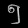
Digit: ၅